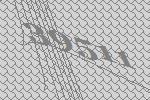
39511